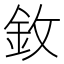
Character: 𫒋